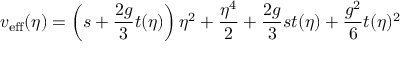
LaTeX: v _ { \mathrm { e f f } } ( \eta ) = \left( s + \frac { 2 g } { 3 } t ( \eta ) \right) \eta ^ { 2 } + \frac { \eta ^ { 4 } } { 2 } + \frac { 2 g } { 3 } s t ( \eta ) + \frac { g ^ { 2 } } 6 t ( \eta ) ^ { 2 }